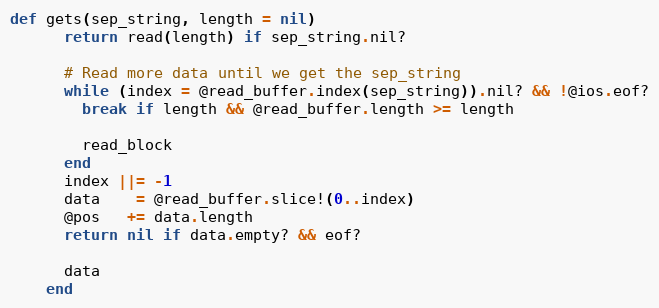
Language: Ruby
def gets(sep_string, length = nil)
      return read(length) if sep_string.nil?

      # Read more data until we get the sep_string
      while (index = @read_buffer.index(sep_string)).nil? && !@ios.eof?
        break if length && @read_buffer.length >= length

        read_block
      end
      index ||= -1
      data    = @read_buffer.slice!(0..index)
      @pos   += data.length
      return nil if data.empty? && eof?

      data
    end